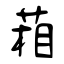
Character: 葙